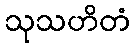
သုသဟိတံ